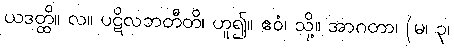
ယဒတ္ထိ။ လ။ ပဋိလဘတီတိ၊ ဟူ၍။ ဧဝံ၊ သို့။ အာဂတာ၊ (မ၊ ၃၊